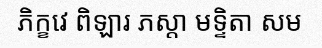
ភិក្ខវេ ពិឡារ ភស្តា មទ្ទិតា សម